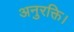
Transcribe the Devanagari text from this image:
अनुरक्ति।